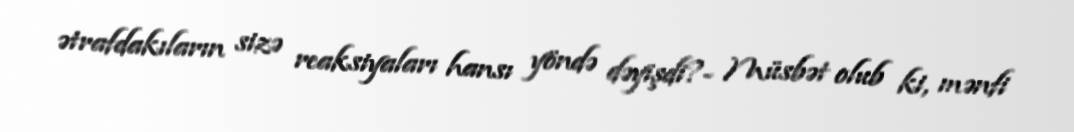
ətrafdakıların sizə reaksiyaları hansı yöndə dəyişdi?- Müsbət olub ki, mənfi